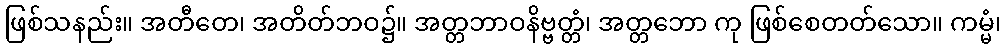
ဖြစ်သနည်း။ အတီတေ၊ အတိတ်ဘဝ၌။ အတ္တဘာဝနိဗ္ဗတ္တံ၊ အတ္တဘော ကု ဖြစ်စေတတ်သော။ ကမ္မံ၊